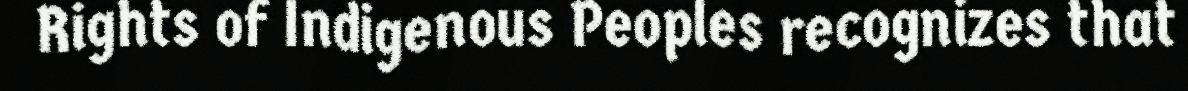
Rights of Indigenous Peoples recognizes that